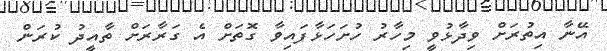
އޭނާ އިތުރަށް ވިދާޅުވީ މިހާރު ހުށަހަޅާފައިވާ ގޮތަށް އެ ގަރާރަށް ތާއީދު ކުރަން